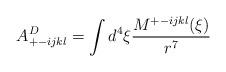
LaTeX: \begin{align*}A^D_{+ -ijkl} = \int d^4 \xi \frac{M^{+ -ijkl} (\xi)}{r^7}\end{align*}